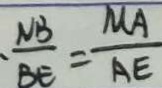
\frac { N B } { B E } = \frac { M A } { A E }